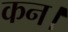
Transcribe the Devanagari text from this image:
कन।